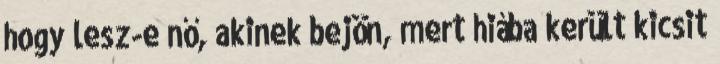
hogy lesz-e nő, akinek bejön, mert hiába került kicsit